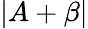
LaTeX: \left|A+\beta\right|